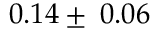
0 . 1 4 \pm \: 0 . 0 6